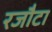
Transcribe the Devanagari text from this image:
रजौटा